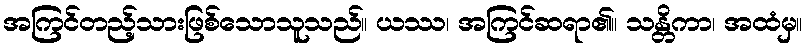
အကြင်တည့်သားဖြစ်သောသူသည်။ ယဿ၊ အကြင်ဆရာ၏။ သန္တိကာ၊ အထံမှ။